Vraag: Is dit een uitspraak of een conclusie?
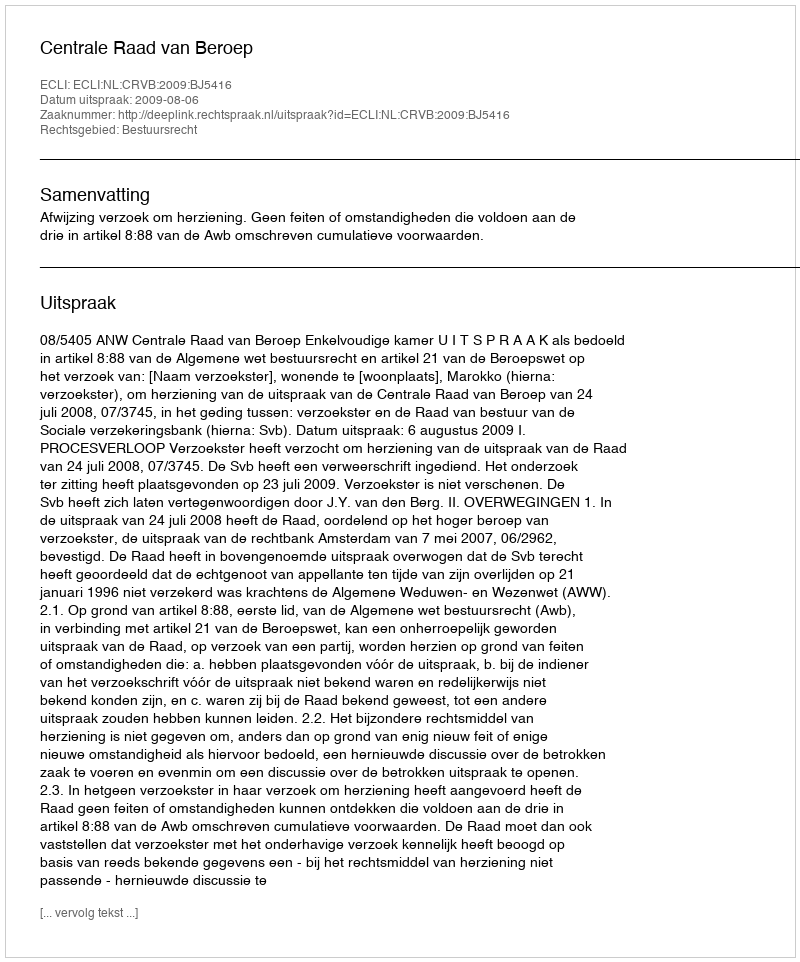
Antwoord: Uitspraak